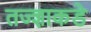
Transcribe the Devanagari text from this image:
तज्‍ज्ञाकडे